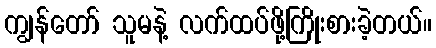
ကျွန်တော် သူမနဲ့ လက်ထပ်ဖို့ကြိုးစားခဲ့တယ်။